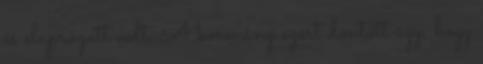
és elaprózott volt. A kormány ezért döntött úgy, hogy